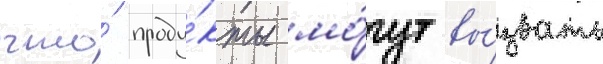
что́ проду́кты мо́гут вы́звать